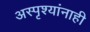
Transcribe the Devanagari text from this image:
अस्पृश्यांनाही